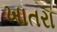
ખાતરા